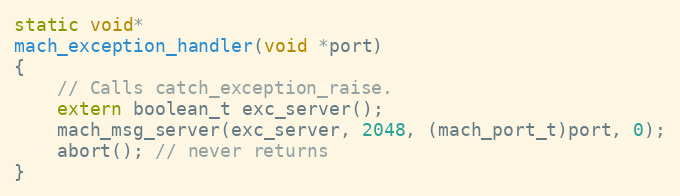
Language: C
static void*
mach_exception_handler(void *port)
{
	// Calls catch_exception_raise.
	extern boolean_t exc_server();
	mach_msg_server(exc_server, 2048, (mach_port_t)port, 0);
	abort(); // never returns
}